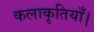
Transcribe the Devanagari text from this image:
कलाकृतियाँ।